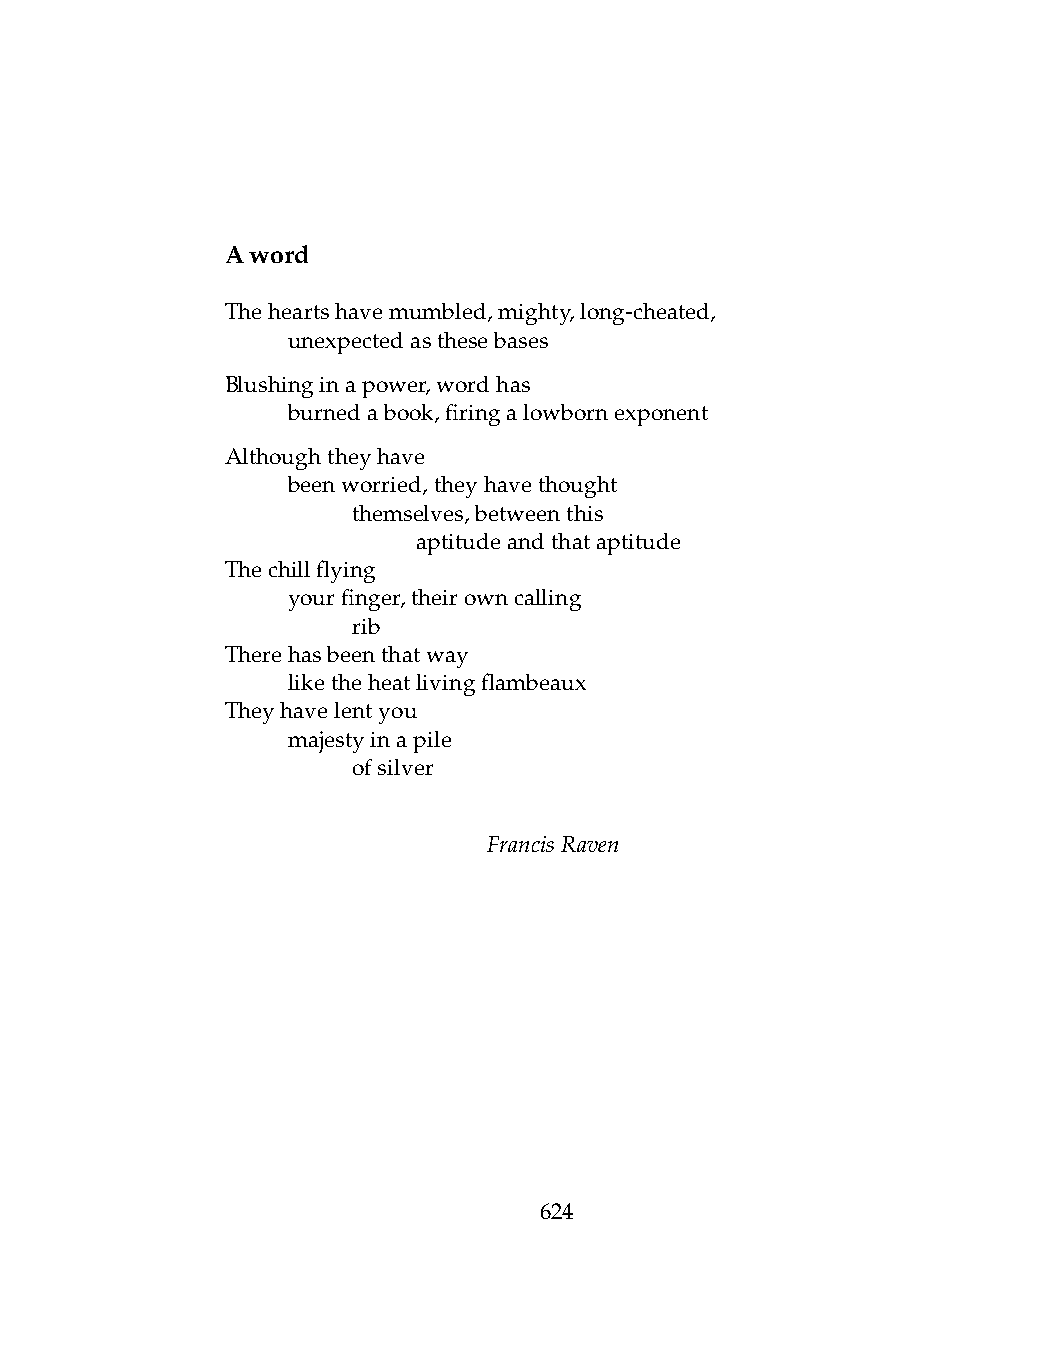
Aword
 Theheartshavemumbled,mighty,long-cheated,
 .   unexpectedasthesebases
 Blushinginapower,wordhas
 .   burnedabook,firingalowbornexponent
 Althoughtheyhave
 .   beenworried,theyhavethought
 .   .   themselves,betweenthis
 .   .   .    aptitudeandthataptitude
 Thechillflying
 .   yourfinger,theirowncalling
 .   .   rib
 Therehasbeenthatway
 .   liketheheatlivingflambeaux
 Theyhavelentyou
 .   majestyinapile
 .   .   ofsilver
 FrancisRaven
 624